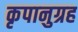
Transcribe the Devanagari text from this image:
कृपानुग्रह